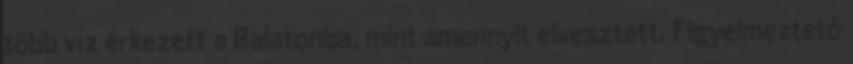
több víz érkezett a Balatonba, mint amennyit elvesztett. Figyelmeztető